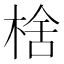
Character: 𬃉